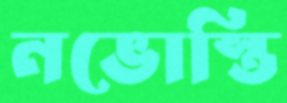
নভোস্তি